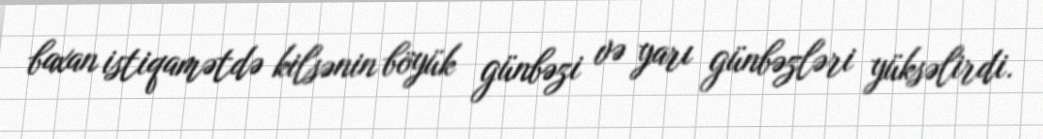
baxan istiqamətdə kilsənin böyük günbəzi və yarı günbəzləri yüksəlirdi.